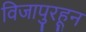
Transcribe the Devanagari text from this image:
विजापुरहून